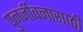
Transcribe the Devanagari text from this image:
पुनर्जीवनासाठी